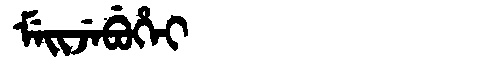
Manchu: ᠮᡝᡳᠵᡝᠪᡠᡥᡝᡳ
Romanization: MEIJEBUHEI